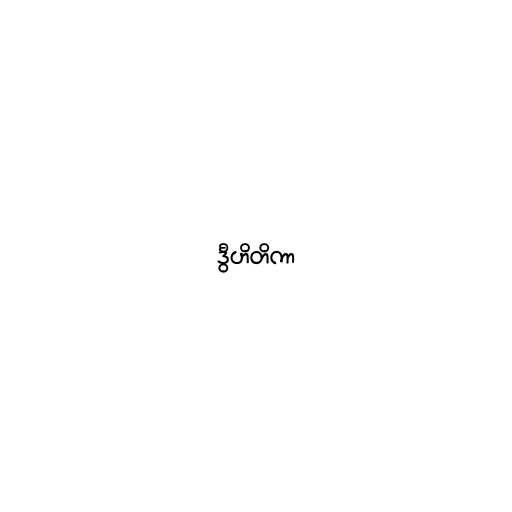
ဒွီဟိတိကာ